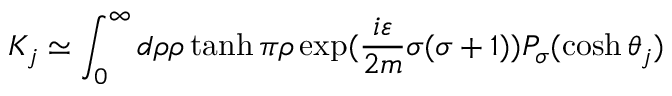
K _ { j } \simeq \int _ { 0 } ^ { \infty } d \rho \rho \operatorname { t a n h } \pi \rho \exp ( \frac { i \varepsilon } { 2 m } \sigma ( \sigma + 1 ) ) P _ { \sigma } ( \cosh \theta _ { j } )